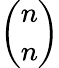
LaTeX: \binom{n}{n}